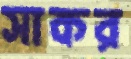
সাকর